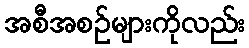
အစီအစဉ်များကိုလည်း